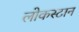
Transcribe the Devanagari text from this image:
लोकस्टान